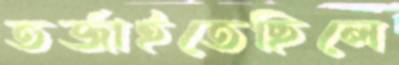
তর্জাইতেছিলে